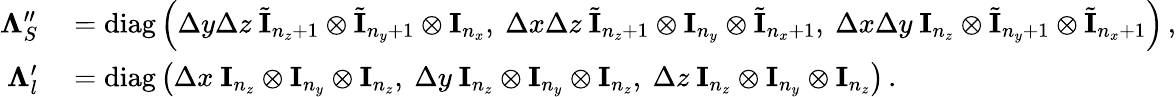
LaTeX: \begin{array}{rl}{\mathbf\Lambda_{S}^{\prime\prime}}&{{}=\operatorname{diag}\left(\Delta y\Delta z\ \tilde{\mathbf I}_{n_{z}+1}\otimes\tilde{\mathbf I}_{n_{y}+1}\otimes\mathbf I_{n_{x}},\ \Delta x\Delta z\ \tilde{\mathbf I}_{n_{z}+1}\otimes\mathbf I_{n_{y}}\otimes\tilde{\mathbf I}_{n_{x}+1},\ \Delta x\Delta y\ \mathbf I_{n_{z}}\otimes\tilde{\mathbf I}_{n_{y}+1}\otimes\tilde{\mathbf I}_{n_{x}+1}\right)\, ,}\\ {\mathbf\Lambda_{l}^{\prime}}&{{}=\operatorname{diag}\left(\Delta x\ \mathbf I_{n_{z}}\otimes\mathbf I_{n_{y}}\otimes\mathbf I_{n_{z}},\ \Delta y\ \mathbf I_{n_{z}}\otimes\mathbf I_{n_{y}}\otimes\mathbf I_{n_{z}},\ \Delta z\ \mathbf I_{n_{z}}\otimes\mathbf I_{n_{y}}\otimes\mathbf I_{n_{z}}\right)\, .}\end{array}